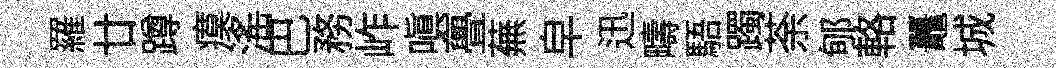
羅廿蹲瘼滛巴務岞嗔亹蕪皁迅疇䮏躅荼郇輅鼉城